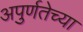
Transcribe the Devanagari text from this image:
अपुर्णतेच्या